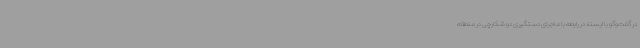
در گفت‌وگو با ایسنا، در رابطه با ماجرای دستگیری دو شکارچی در منطقه